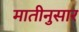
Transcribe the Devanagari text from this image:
मातीनुसार